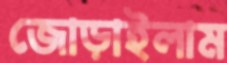
জোড়াইলাম